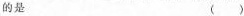
的是 ()